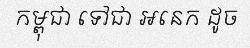
កម្ពុជា ទៅជា អនេក ដូច